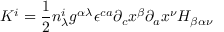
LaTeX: K ^ { i } = \frac { 1 } { 2 } n _ { \lambda } ^ { i } g ^ { \alpha \lambda } { \epsilon } ^ { c a } { \partial } _ { c } x ^ { \beta } { \partial } _ { a } x ^ { \nu } H _ { \beta \alpha \nu }